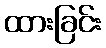
ထားခြင်း